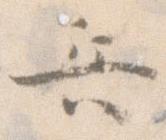
兵